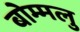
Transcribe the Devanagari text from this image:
बोम्मलु